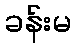
ခန်းမ